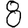
Digit: 8